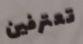
تعترفين